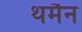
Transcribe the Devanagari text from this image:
थर्मैन